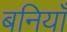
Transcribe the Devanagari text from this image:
बनियाँ